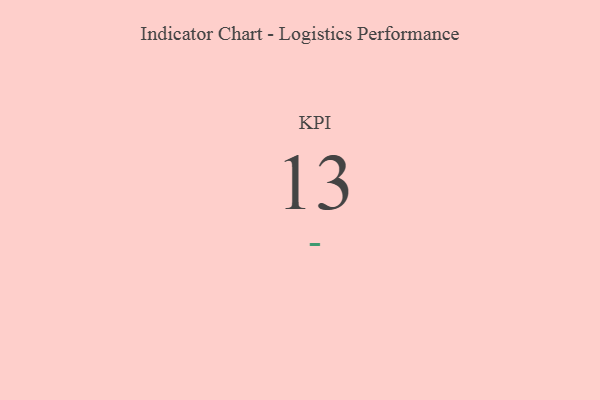
{"axis": {"x": "KPI", "y": "Value"}, "legend": [""], "data": [{"x": "KPI", "y": 13, "type": ""}]}